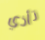
تأذي